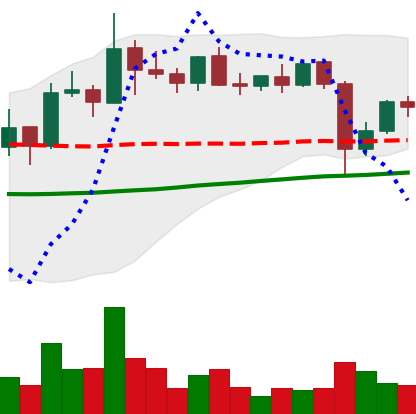
Ticker: XLM-USD
Chart end date: 2021-10-30
Forward return: 3.087%
Label: up_3_5